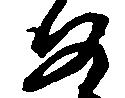
め